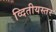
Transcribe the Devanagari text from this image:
व्दितीयस्तर